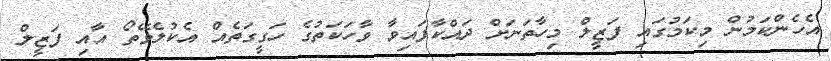
އެހެންކަމުން މިކަމުގައި ފަޒީލް މިހާތަނަށް ދައްކާފައިވާ ވާހަކަތުގެ ހަގީގަތެއް އެކުލެވޭތޯ އާއި ފަޒީލް